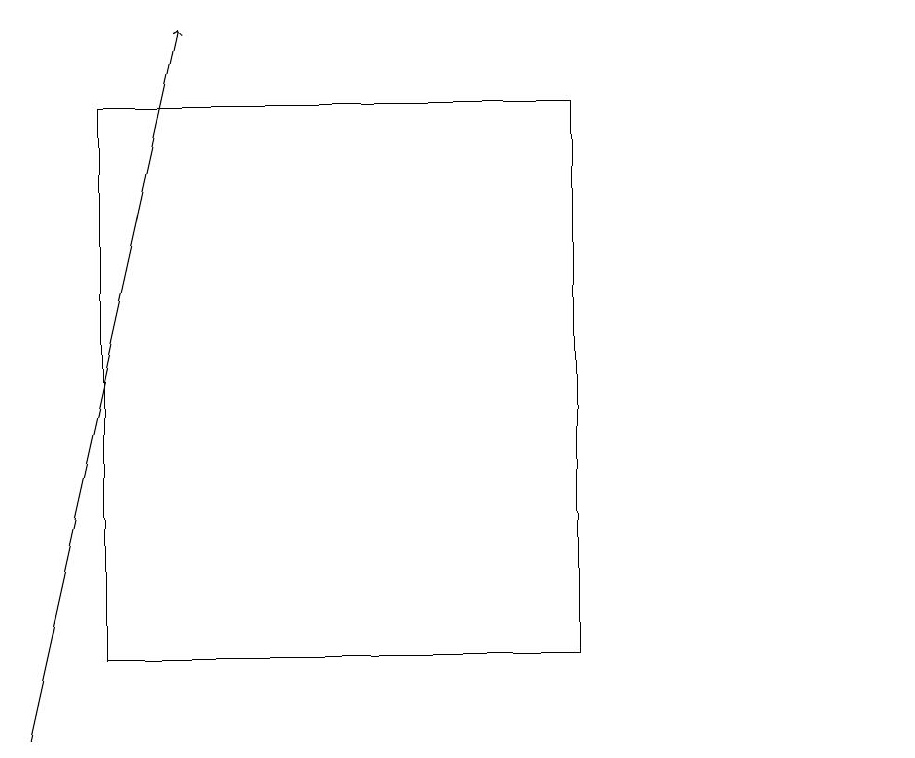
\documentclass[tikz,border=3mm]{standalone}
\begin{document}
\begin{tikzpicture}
\draw (11,11) circle (0);
\draw (1,18) rectangle (7,11);
\draw[->] (0,10) -- (2,19);
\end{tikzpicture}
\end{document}